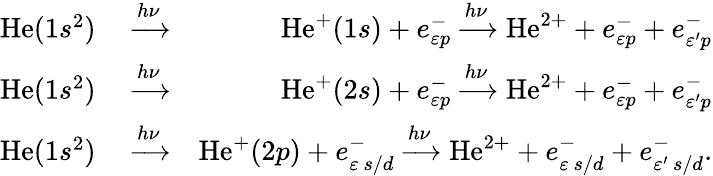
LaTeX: \begin{array}{rlr}{\mathrm{He}(1s^{2})}&{{}\xrightarrow{h\nu}}&{\mathrm{He}^{+}(1s)+e_{\varepsilon{p}}^{-}\xrightarrow{h\nu}\mathrm{He}^{2+}+e_{\varepsilon{p}}^{-}+e_{\varepsilon^{\prime}p}^{-}}\\ {\mathrm{He}(1s^{2})}&{{}\xrightarrow{h\nu}}&{\mathrm{He}^{+}(2s)+e_{\varepsilon{p}}^{-}\xrightarrow{h\nu}\mathrm{He}^{2+}+e_{\varepsilon{p}}^{-}+e_{\varepsilon^{\prime}p}^{-}}\\ {\mathrm{He}(1s^{2})}&{{}\xrightarrow{h\nu}}&{\mathrm{He}^{+}(2p)+e_{\varepsilon\, {s/d}}^{-}\xrightarrow{h\nu}\mathrm{He}^{2+}+e_{\varepsilon\, {s/d}}^{-}+e_{\varepsilon^{\prime}\, {s/d}}^{-}.}\end{array}